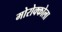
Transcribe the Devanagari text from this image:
मोरोक्कोला